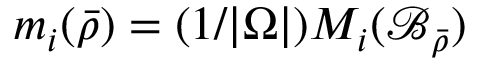
m _ { i } ( \bar { \rho } ) = ( 1 / | \Omega | ) M _ { i } ( \mathcal { B } _ { \bar { \rho } } )